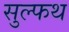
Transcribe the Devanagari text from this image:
सुल्फथ